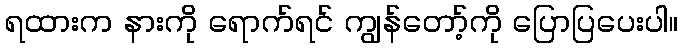
ရထားက နားကို ရောက်ရင် ကျွန်တော့်ကို ပြောပြပေးပါ။